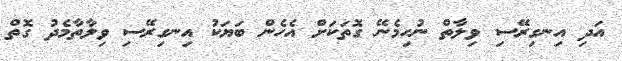
އަދި އިނގިރޭސި ވިލާތް ނުހިމެނޭ ގޮތަކަށް އެހެން ބަޔަކު އިނގިރޭސި ވިލާތާމެދު ގޮތް